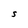
Character: S